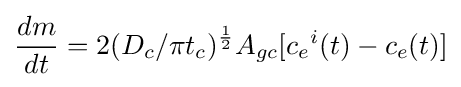
{dm \over dt}=2({{D_{c}}/\pi t_{c}})^{1 \over 2}A_{gc}[{c_{e}}^{i}(t)-{c_{e}}(t)]